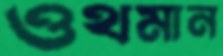
ওথমান